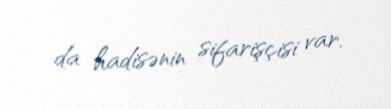
da hadisənin sifarişçisi var.